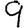
Digit: 9